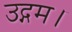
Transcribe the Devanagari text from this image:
उद्गम।